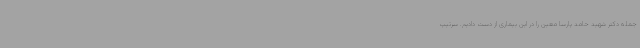
جمله دکتر شهید حامد پارسا معین را در این بیماری از دست دادیم. سرتیپ